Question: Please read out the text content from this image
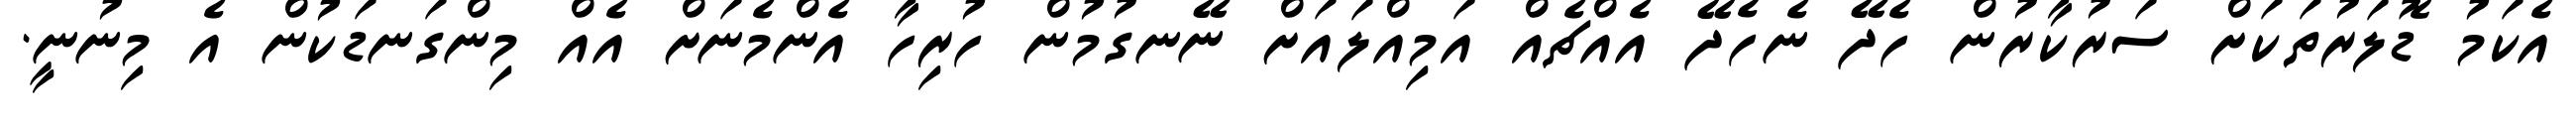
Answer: އެކަމު ޑޮލަރުތަކަށް ސަރުކާރުން ހެދޭ ނެހެދޭ އެއްޗެއް އަމިއްލައަށް ނޭނގުމުން ހުރިހާ އެންމެނަށް އެއް މިންގަނޑަކުން އެ މިނުނީ.